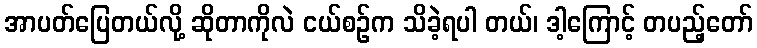
အာပတ်ပြေတယ်လို့ ဆိုတာကိုလဲ ငယ်စဉ်က သိခဲ့ရပါ တယ်၊ ဒါ့ကြောင့် တပည့်တော်